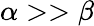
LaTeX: \alpha>>\beta